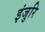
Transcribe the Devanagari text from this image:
इंजुरि